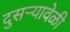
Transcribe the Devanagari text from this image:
दुसऱ्यावेळी